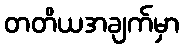
တတိယအချက်မှာ